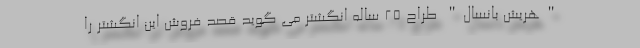
"هریش بانسال" طراح ۲۵ ساله انگشتر می گوید قصد فروش این انگشتر را